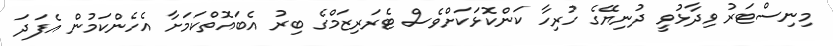
މިނިސްޓަރު ވިދާޅުވީ ދުނިޔޭގެ ހުރިހާ ކަންކޮޅަކަށްވެސް ޓެރަރިޒަމްގެ ބިރު އެބައޮތްކަމަށާ އެހެންކަމުން އެފަދަ